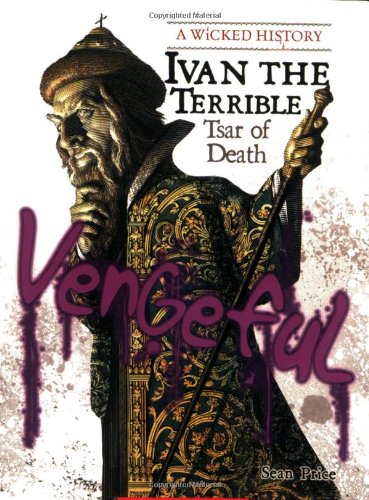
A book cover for Ivan the Terrible: Tsar of Death (Wicked History); Sean Price; Teen & Young Adult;